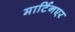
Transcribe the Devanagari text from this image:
मार्टिनएर